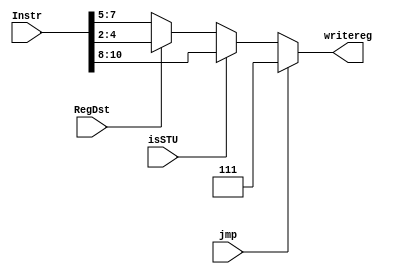
module computewritereg(Instr, RegDst, isSTU, jmp, writereg);

	input [15:0] Instr;
	input RegDst, isSTU, jmp;

	output [2:0] writereg;
	assign writereg = jmp ? 3'b111 : (isSTU ? Instr[10:8] : (RegDst ? Instr[4:2] : Instr[7:5]));

endmodule